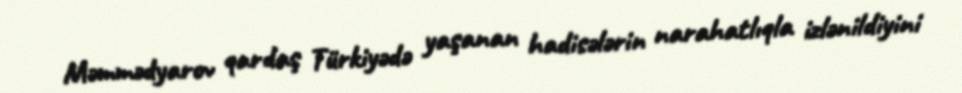
Məmmədyarov qardaş Türkiyədə yaşanan hadisələrin narahatlıqla izlənildiyini